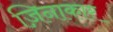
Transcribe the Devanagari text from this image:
ज़िनाकार